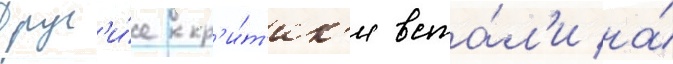
Друг'и́е кр'и́т'ик'и вста́л'и на́